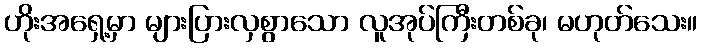
ဟိုးအရှေ့မှာ များပြားလှစွာသော လူအုပ်ကြီးတစ်ခု၊ မဟုတ်သေး။